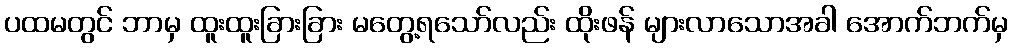
ပထမတွင် ဘာမှ ထူးထူးခြားခြား မတွေ့ရသော်လည်း ထိုးဖန် များလာသောအခါ အောက်ဘက်မှ